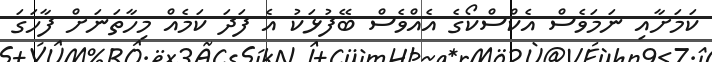
ކަމަށާއި ނަމަވެސް އެކްސްކޯގެ އެއްވެސް ބޭފުޅަކު އެ ފަދަ ކަމެއް މިހާތަނަށް ފާހަގަ